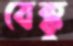
বেক্কু